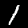
Digit: 1